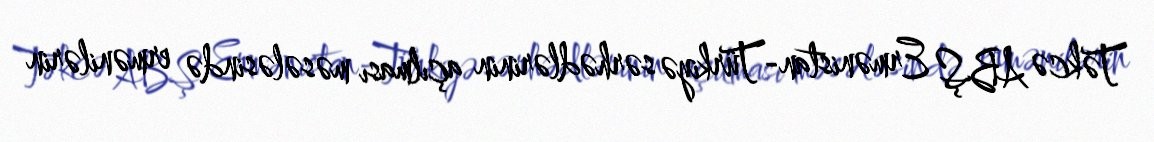
Təkcə ABŞ Ermənistan-Türkiyə sərhədlərinin açılması məsələsində ermənilərin